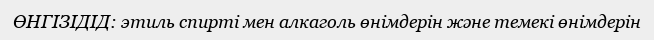
ӨНГІЗІДІД: этиль спирті мен алкаголь өнімдерін және темекі өнімдерін